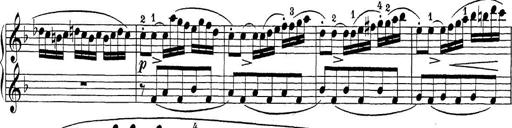
Title: Sonatina Album
Composer: Louis KÃ¶hler